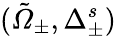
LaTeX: (\tilde{Ω}_{\pm},\Delta_{\pm}^{s})